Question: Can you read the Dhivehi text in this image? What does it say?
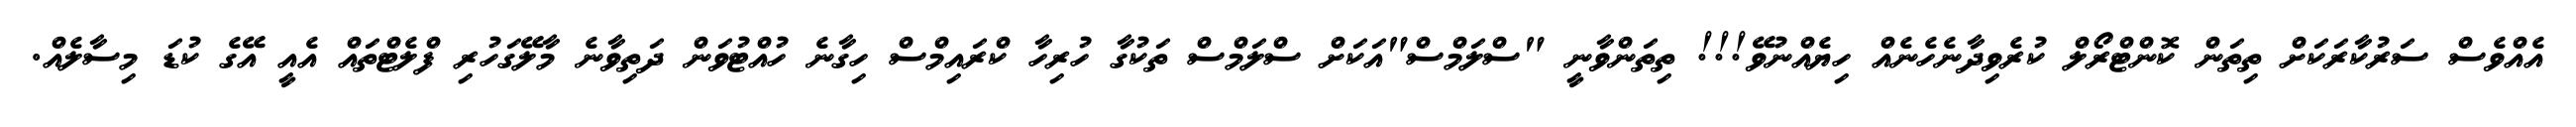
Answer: އެއްވެސް ސަރުކާރަކަށް ތިތަން ކޮންޓްރޯލް ކުރެވިދާނެހެނެއް ހިޔެއްނުވޭ!!! ތިތަންވާނީ "ސްލަމްސް"އަކަށް ސްލަމްސް ތަކުގާ ހުރިހާ ކްރައިމްސް ހިގާނެ ހުއްޓުވަން ދަތިވާނެ މާލޭގަހުރި ފްލެޓްތައް އެއީ އޭގެ ކުޑަ މިސާލެއް.